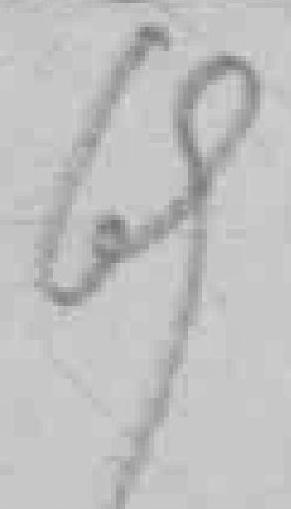
69